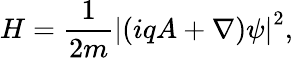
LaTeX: H={\frac{1}{2m}}\left|(iqA+\nabla)\psi\right|^{2},